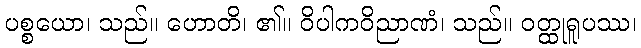
ပစ္စယော၊ သည်။ ဟောတိ၊ ၏။ ဝိပါကဝိညာဏံ၊ သည်။ ဝတ္ထုရူပဿ၊